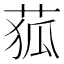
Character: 𦱄